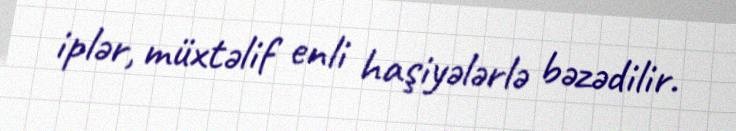
iplər, müxtəlif enli haşiyələrlə bəzədilir.